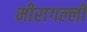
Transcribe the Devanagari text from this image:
मीरागल्ली